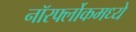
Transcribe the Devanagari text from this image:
नॉरर्फ्लोकमध्ये